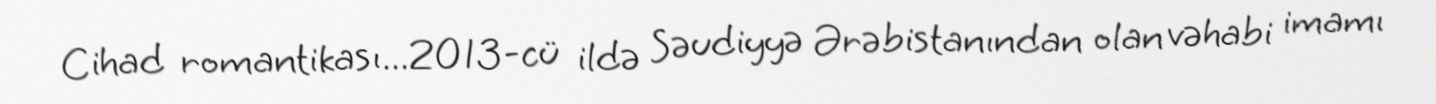
Cihad romantikası...2013-cü ildə Səudiyyə Ərəbistanından olan vəhabi imamı